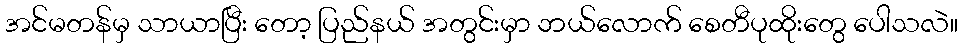
အင်မတန်မှ သာယာပြီး တော့ ပြည်နယ် အတွင်းမှာ ဘယ်လောက် စေတီပုထိုးတွေ ပေါသလဲ။